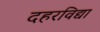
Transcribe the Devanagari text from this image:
दहरविद्या